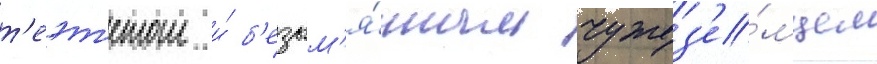
т'еэт'етом и́ б'езым'я́нным чужез'е́мцем